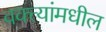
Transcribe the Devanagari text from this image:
वक्त्यांमधील